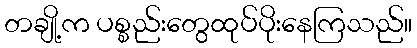
တချို့က ပစ္စည်းတွေထုပ်ပိုးနေကြသည်။